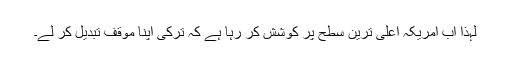
لہٰذا اب امریکہ اعلیٰ ترین سطح پر کوشش کر رہا ہے کہ ترکی اپنا موقف تبدیل کر لے۔